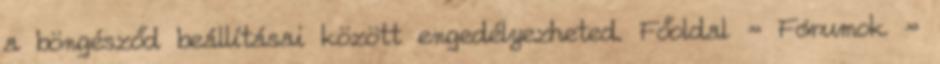
a böngésződ beállításai között engedélyezheted. Főoldal » Fórumok »